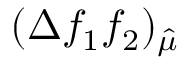
( \Delta f _ { 1 } f _ { 2 } ) _ { \hat { \mu } }